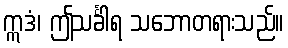
ဣဒံ၊ ဤသင်္ခါရ သဘောတရားသည်။